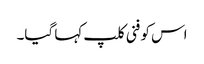
اس کو فنی کلپ کہا گیا۔